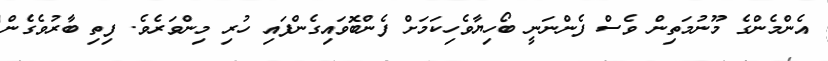
އެންމެންގެ މޫނުމަތިން ވެސް ފެންނަނީ ބޯހިޔާވެހިކަމަށް ފެންބޮވައިގެންފައި ހުރި މިންވަރެވެ. ފިތި ބާރުވެގެން